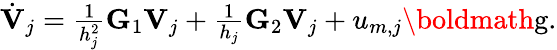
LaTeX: \begin{array}{r}{\dot{\mathbf{V}}_{j}=\frac{1}{h_{j}^{2}}\mathbf{G}_{1}\mathbf{V}_{j}+\frac{1}{h_{j}}\mathbf{G}_{2}\mathbf{V}_{j}+u_{m,j}\textrm{\boldmath{g}}.}\end{array}